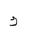
Letter: _kaf